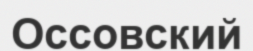
Оссовский